Vaccine operations Central Provinces 1886-1899 - 1886-1899
Year: 1886
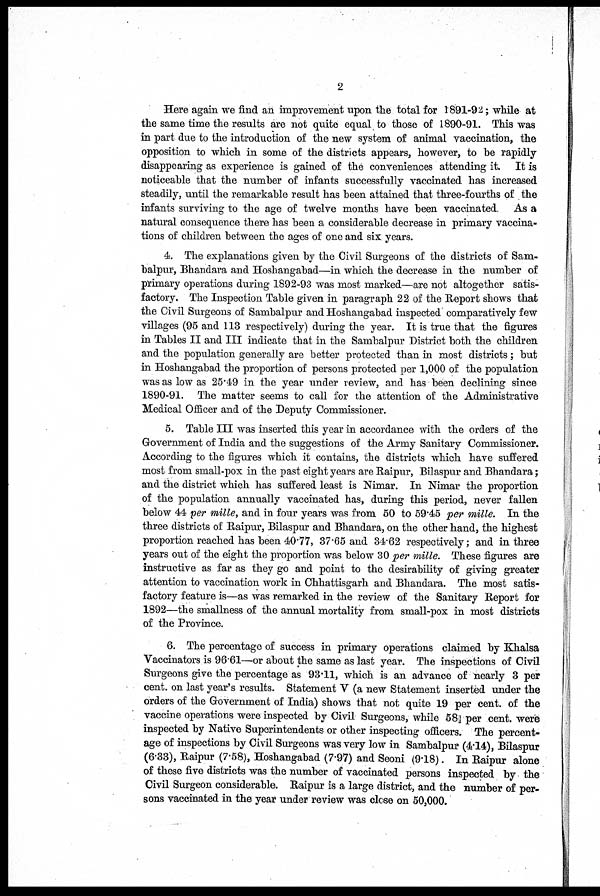
2
Here again we find an improvement upon the total for 1891-92; while at
the same time the results are not quite equal to those of 1890-91. This was
in part due to the introduction of the new system of animal vaccination, the
opposition to which in some of the districts appears, however, to be rapidly-
disappearing as experience is gained of the conveniences attending it. It is
noticeable that the number of infants successfully vaccinated has increased
steadily, until the remarkable result has been attained that three-fourths of the
infants surviving to the age of twelve months have been vaccinated. As a
natural consequence there has been a considerable decrease in primary vaccina-
tions of children between the ages of one and six years.
4. The explanations given by the Civil Surgeons of the districts of Sam-
balpur, Bhandara and Hoshangabad—in which the decrease in the number of
primary operations during 1892-93 was most marked—are not altogether satis-
factory. The Inspection Table given in paragraph 22 of the Report shows that
the Civil Surgeons of Sambalpur and Hoshangabad inspected comparatively few
villages (95 and 113 respectively) during the year. It is true that the figures
in Tables II and III indicate that in the Sambalpur District both the children
and the population generally are better protected than in most districts; but
in Hoshangabad the proportion of persons protected per 1,000 of the population
was as low as 25.49 in the year under review, and has been declining since
1890-91. The matter seems to call for the attention of the Administrative
Medical Officer and of the Deputy Commissioner.
5. Table III was inserted this year in accordance with the orders of the
Government of India and the suggestions of the Army Sanitary Commissioner.
According to the figures which it contains, the districts which have suffered
most from small-pox in the past eight years are Raipur, Bilaspur and Bhandara;
and the district which has suffered least is Nimar. In Nimar the proportion
of the population annually vaccinated has, during this period, never fallen
below 44 per mille, and in four years was from 50 to 59.45 per mille. In the
three districts of Raipur, Bilaspur and Bhandara, on the other hand, the highest
proportion reached has been 40.77, 37.65 and 34.62 respectively; and in three
years out of the eight the proportion was below 30 per mille. These figures are
instructive as far as they go and point to the desirability of giving greater
attention to vaccination work in Chhattisgarh and Bhandara. The most satis-
factory feature is—as was remarked in the review of the Sanitary Report for
1892—the smallness of the annual mortality from small-pox in most districts
of the Province.
6. The percentage of success in primary operations claimed by Khalsa
Vaccinators is 96.61—or about the same as last year. The inspections of Civil
Surgeons give the percentage as 93.11, which is an advance of nearly 3 per
cent. on last year's results. Statement V (a new Statement inserted under the
orders of the Government of India) shows that not quite 19 per cent. of the
vaccine operations were inspected by Civil Surgeons, while 58 per cent. were
inspected by Native Superintendents or other inspecting officers. The percent-
age of inspections by Civil Surgeons was very low in Sambalpur (4.14), Bilaspur
(6.33), Raipur (7.58), Hoshangabad (7.97) and Seoni (9.18). In Raipur alone
of these five districts was the number of vaccinated persons inspected by the
Civil Surgeon considerable. Raipur is a large district, and the number of per-
sons vaccinated in the year under review was close on 50,000.